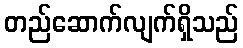
တည်ဆောက်လျက်ရှိသည်